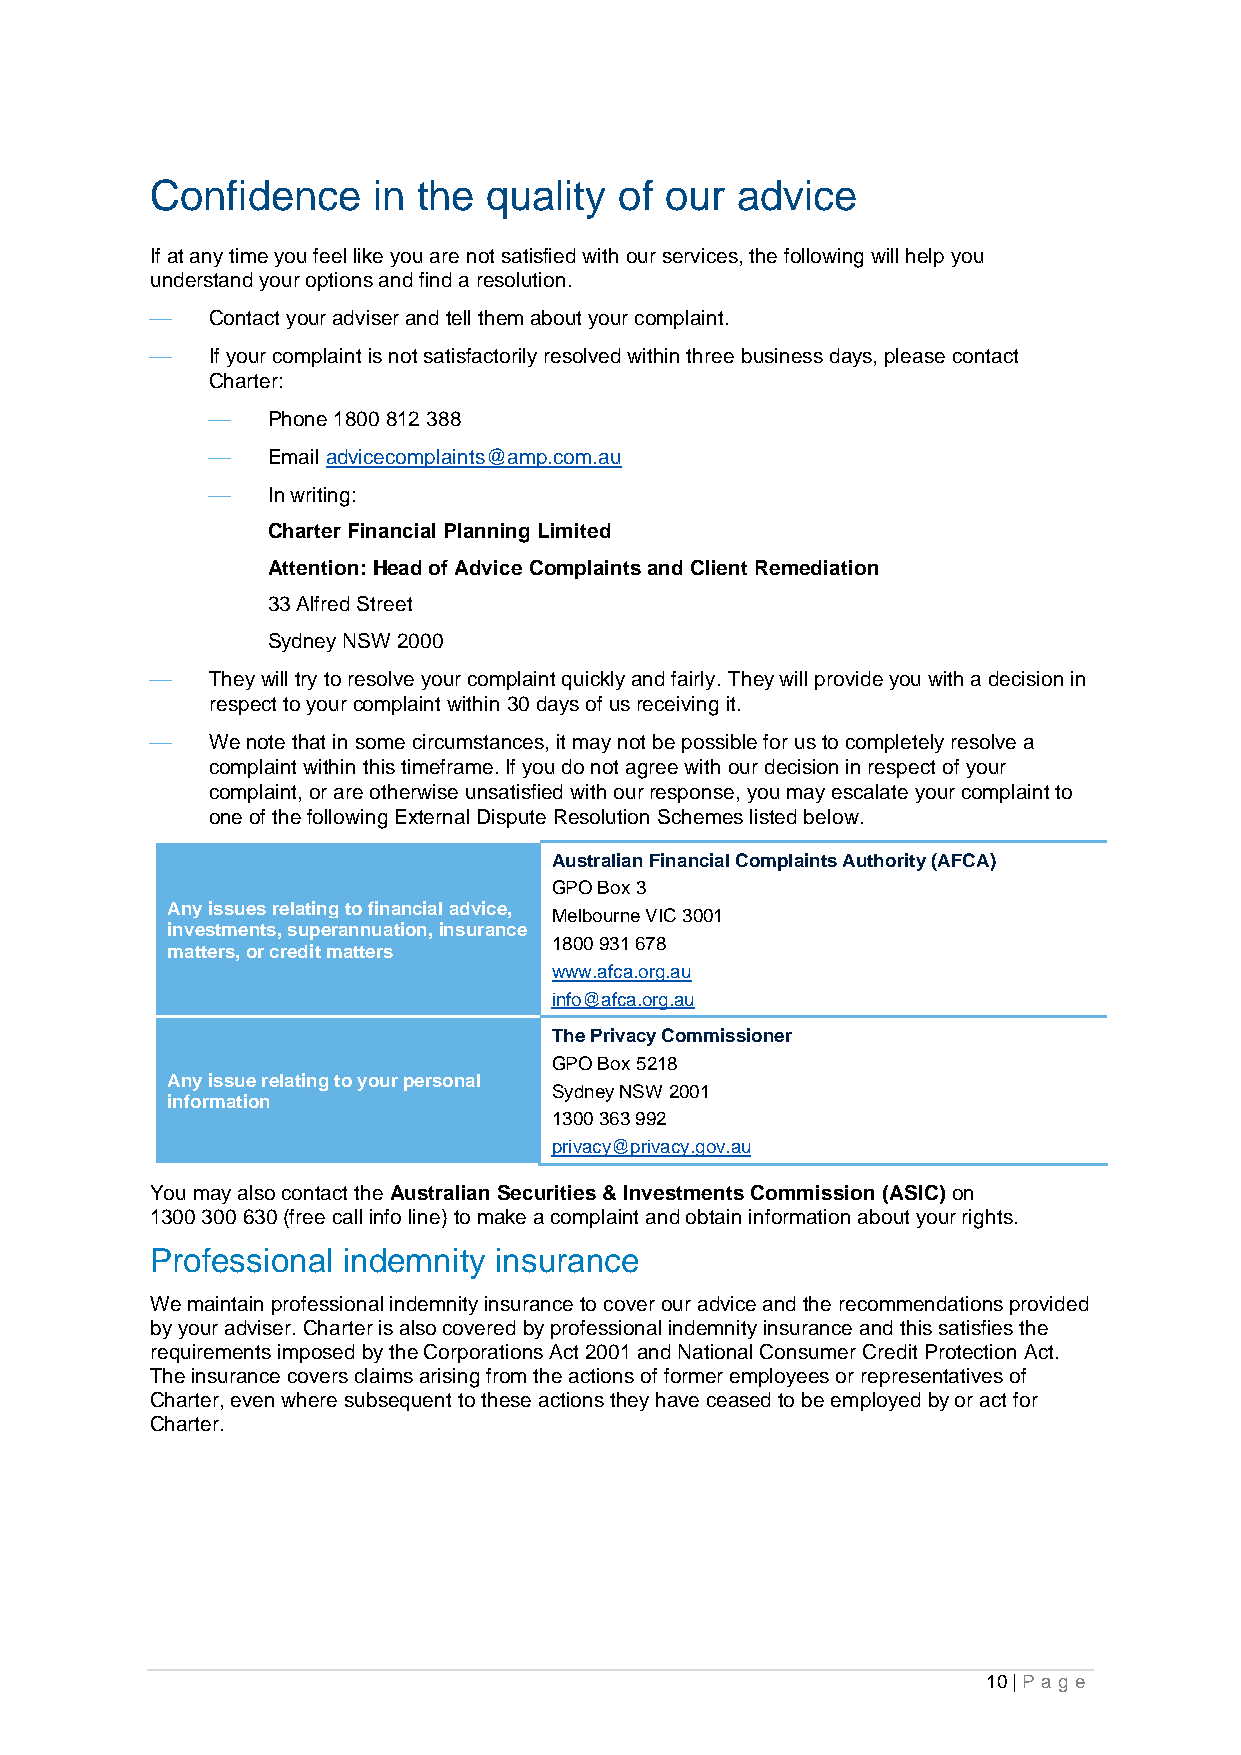
Confidence     in the quality  of our  advice
 If at any time you feel like you are not satisfied with our services, the following will help you
 understand your options and find a resolution.
 ⎯   Contact your adviser and tell them about your complaint.
 ⎯   If your complaint is not satisfactorily resolved within three business days, please contact
 Charter:
 ⎯   Phone 1800 812 388
 ⎯   Email advicecomplaints@amp.com.au
 ⎯   In writing:
 Charter Financial Planning Limited
 Attention: Head of Advice Complaints and Client Remediation
 33 Alfred Street
 Sydney NSW 2000
 ⎯   They will try to resolve your complaint quickly and fairly. They will provide you with a decision in
 respect to your complaint within 30 days of us receiving it.
 ⎯   We note that in some circumstances, it may not be possible for us to completely resolve a
 complaint within this timeframe. If you do not agree with our decision in respect of your
 complaint, or are otherwise unsatisfied with our response, you may escalate your complaint to
 one of the following External Dispute Resolution Schemes listed below.
 Australian Financial Complaints Authority (AFCA)
 GPO Box 3
 Any issues relating to financial advice,
 Melbourne VIC 3001
 investments, superannuation, insurance
 1800 931 678
 matters, or credit matters
 www.afca.org.au
 info@afca.org.au
 The Privacy Commissioner
 GPO Box 5218
 Any issue relating to your personal
 Sydney NSW 2001
 information
 1300 363 992
 privacy@privacy.gov.au
 You may also contact the Australian Securities & Investments Commission (ASIC) on
 1300 300 630 (free call info line) to make a complaint and obtain information about your rights.
 Professional indemnity insurance
 We maintain professional indemnity insurance to cover our advice and the recommendations provided
 by your adviser. Charter is also covered by professional indemnity insurance and this satisfies the
 requirements imposed by the Corporations Act 2001 and National Consumer Credit Protection Act.
 The insurance covers claims arising from the actions of former employees or representatives of
 Charter, even where subsequent to these actions they have ceased to be employed by or act for
 Charter.
 10 | Pa g e